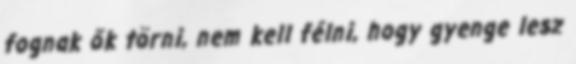
fognak ők törni, nem kell félni, hogy gyenge lesz